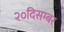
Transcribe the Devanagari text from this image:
२०दिसम्बर